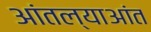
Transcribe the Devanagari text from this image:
आंतल्याआंत